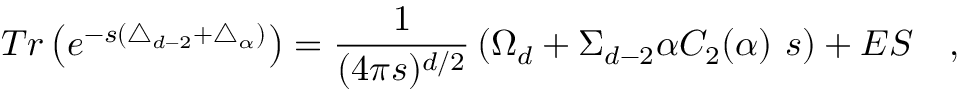
T r \left( e ^ { - s ( \triangle _ { d - 2 } + \triangle _ { \alpha } ) } \right) = { \frac { 1 } { ( 4 \pi s ) ^ { d / 2 } } } \left( \Omega _ { d } + \Sigma _ { d - 2 } \alpha C _ { 2 } ( \alpha ) ~ s \right) + E S ~ ~ ~ ,